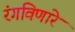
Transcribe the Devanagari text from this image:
रंगविणारे